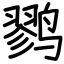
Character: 鹨